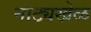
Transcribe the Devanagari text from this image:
नाट्यखेळ